Insane asylums in Bengal annual reports 1867-1875 - 1867-1875
Year: 1867
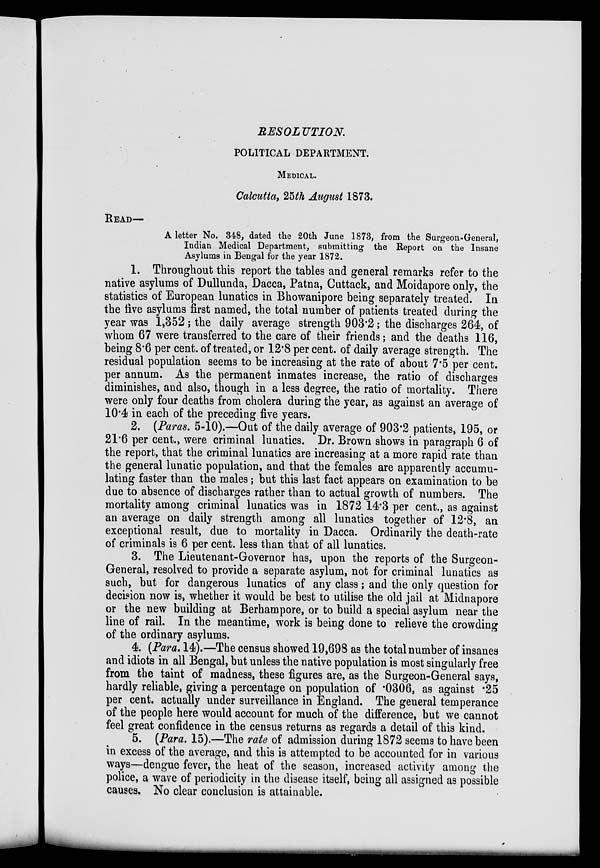
RESOLUTION.
POLITICAL DEPARTMENT.
MEDICAL.
Calcutta, 25th August 1873.
READ—
A letter No. 348, dated the 20th June 1873, from the Surgeon-General,
Indian Medical Department, submitting the Report on the Insane
Asylums in Bengal for the year 1872.
1. Throughout this report the tables and general remarks refer to the
native asylums of Dullunda, Dacca, Patna, Cuttack, and Moidapore only, the
statistics of European lunatics in Bhowanipore being separately treated. In
the five asylums first named, the total number of patients treated during the
year was 1,352; the daily average strength 903.2; the discharges 264, of
whom 67 were transferred to the care of their friends; and the deaths 116,
being 8.6 per cent. of treated, or 12.8 per cent. of daily average strength. The
residual population seems to be increasing at the rate of about 7.5 per cent.
per annum. As the permanent inmates increase, the ratio of discharges
diminishes, and also, though in a less degree, the ratio of mortality. There
were only four deaths from cholera during the year, as against an average of
10.4 in each of the preceding five years.
2. (Paras. 5-10).—Out of the daily average of 903.2 patients, 195, or
21.6 per cent., were criminal lunatics. Dr. Brown shows in paragraph 6 of
the report, that the criminal lunatics are increasing at a more rapid rate than
the general lunatic population, and that the females are apparently accumu-
lating faster than the males; but this last fact appears on examination to be
due to absence of discharges rather than to actual growth of numbers. The
mortality among criminal lunatics was in 1872 14.3 per cent., as against
an average on daily strength among all lunatics together of 12.8, an
exceptional result, due to mortality in Dacca. Ordinarily the death-rate
of criminals is 6 per cent. less than that of all lunatics.
3. The Lieutenant-Governor has, upon the reports of the Surgeon-
General, resolved to provide a separate asylum, not for criminal lunatics as
such, but for dangerous lunatics of any class; and the only question for
decision now is, whether it would be best to utilise the old jail at Midnapore
or the new building at Berhampore, or to build a special asylum near the
line of rail. In the meantime, work is being done to relieve the crowding
of the ordinary asylums.
4. (Para. 14).—The census showed 19,698 as the total number of insanes
and idiots in all Bengal, but unless the native population is most singularly free
from the taint of madness, these figures are, as the Surgeon-General says,
hardly reliable, giving a percentage on population of .0306, as against .25
per cent. actually under surveillance in England. The general temperance
of the people here would account for much of the difference, but we cannot
feel great confidence in the census returns as regards a detail of this kind.
5. (Para. 15).—The rate of admission during 1872 seems to have been
in excess of the average, and this is attempted to be accounted for in various
ways—dengue fever, the heat of the season, increased activity among the
police, a wave of periodicity in the disease itself, being all assigned as possible
causes. No clear conclusion is attainable.